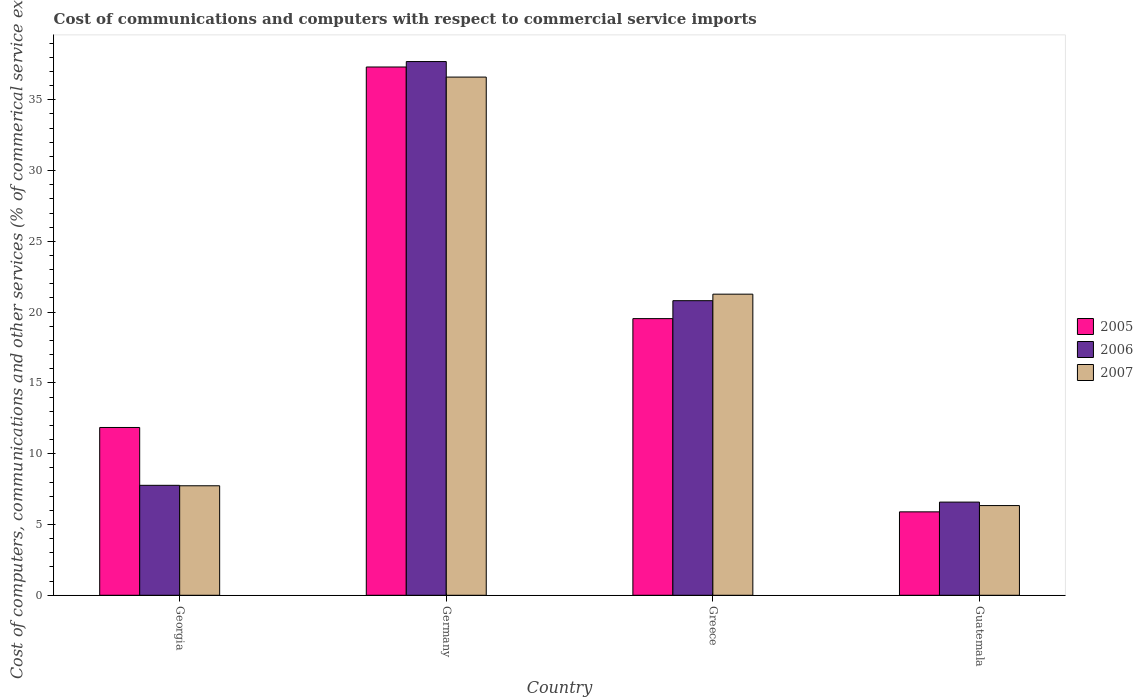
| Country | 2005 | 2006 | 2007 |
 | --- | --- | --- | --- |
 | Georgia | 11.9 | 7.77 | 7.73 |
 | Germany | 37.3 | 37.7 | 36.6 |
 | Greece | 19.5 | 20.8 | 21.3 |
 | Guatemala | 5.89 | 6.58 | 6.34 |